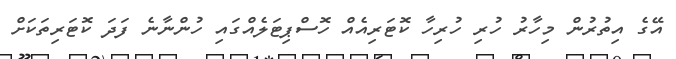
އޭގެ އިތުރުން މިހާރު ހުރި ހުރިހާ ކޮޓަރިއެއް ހޮސްޕިޓަލެއްގައި ހުންނާނެ ފަދަ ކޮޓަރިތަކަށް